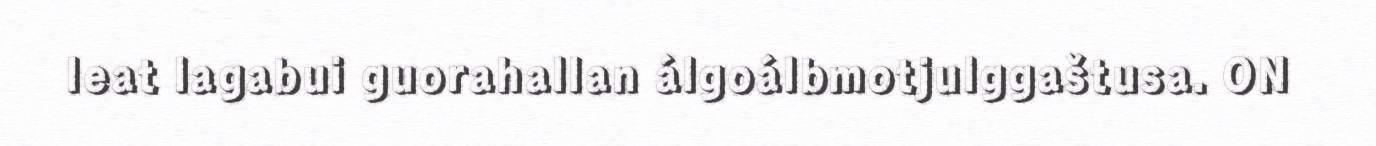
leat lagabui guorahallan álgoálbmotjulggaštusa. ON